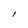
Character: l